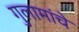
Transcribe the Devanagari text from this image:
गुलामांचे